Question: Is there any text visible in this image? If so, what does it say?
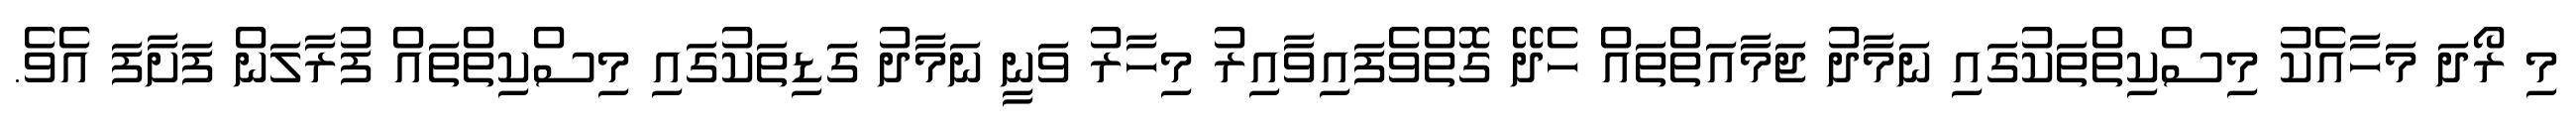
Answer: މި ރޯދަ މަހާއެކު މިސްކިތްތަކުގައި ނަމާދު ޖަމާއަތްތައް ހެދޭ ގޮތްވެފައިވާއިރު މިހާރު ވަނީ ނަމާދު ގަޑިތަކުގައި މިސްކިތްތައް ފުރާލަން ފަށާފަ އެވެ.